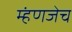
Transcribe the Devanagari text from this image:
म्हंणजेच